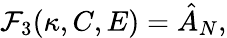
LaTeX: \mathcal{F}_{3}(\kappa,C,E)=\hat{A}_{N},